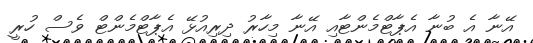
އޭނާ އެ ބުނާ އެޕާޓްމެންޓާއި އޭނާ މިހާރު ދިރިއުޅޭ އެޕާޓްމެންޓް ވެސް ހުރީ